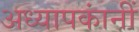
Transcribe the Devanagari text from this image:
अध्यापकांनीं